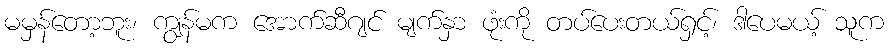
မမှန်တော့ဘူး၊ ကျွန်မက အောက်ဆီဂျင် မျက်နှာ ဖုံးကို တပ်ပေးတယ်ရှင့်၊ ဒါပေမယ့် သူက